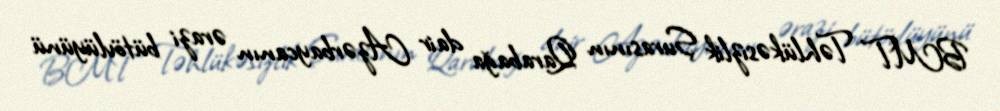
BMT Təhlükəsizlik Şurasının Qarabağa dair Azərbaycanın ərazi bütövlüyünü